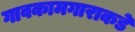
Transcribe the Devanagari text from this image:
गावकामगाराकडे